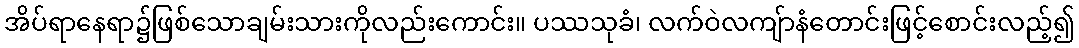
အိပ်ရာနေရာ၌ဖြစ်သောချမ်းသားကိုလည်းကောင်း။ ပဿသုခံ၊ လက်ဝဲလကျ်ာနံတောင်းဖြင့်စောင်းလည့်၍